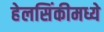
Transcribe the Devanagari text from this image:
हेलसिंकीमध्ये